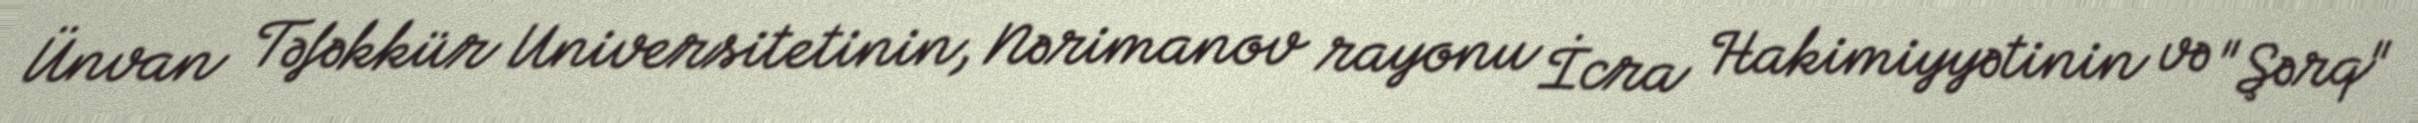
Ünvan Təfəkkür Universitetinin, Nərimanov rayonu İcra Hakimiyyətinin və "Şərq"